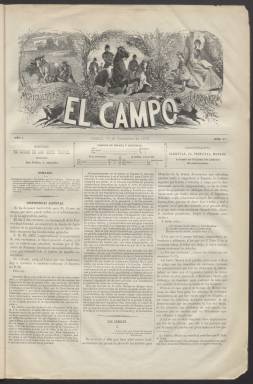
Título: El Campo (Madrid. 1876)
Colección: Agricultura y ganadería || Caza y pesca
Ámbito geográfico: Madrid
Lugar de publicación: Madrid
Fechas: 01/12/1876-16/12/1891

Publicación quincenal que nació en diciembre de 1876 con el subtítulo de agricultura, jardinería y sport y es una de las primeras revistas españolas que dedicaba amplio espacio al ocio deportivo tras la Gaceta del Sport, de 1873. En su cabecera vemos un grabado con dibujos alusivos a las materias que trataba: un labrador arando, una niña regando plantas y, en medio, una partida de caza a caballo.

  Un artículo publicado en mayo de 1878 en el diario La Época, cuando El Campo ya tenía año y medio de vida, muestra el impacto de la revista: ‘Nada se echa de menos en sus columnas; ni estudios profundos y eruditos sobre faenas agrícolas, botánica e historia natural; ni novelas firmadas por D. Juan Valera y otros literatos eminentes (…) El Campo es además el periódico oficial del sport español, pues da cuenta de las carreras que se celebran en las provincias; de los resultados de tiro de pichón…’.

   Las carreras de caballos y los reportajes de cría caballar eran especialmente mimados por la revista, incluso con grabados. La de Caballos era una sección fija, al igual que otras como Noticias de Sociedad y Floricultura. Salían también de vez en cuando otras dedicadas a la Caza, Pesca y a la Fisiología del corral. En general, el contenido que ofrecían sus números estaba destinado a informar a las élites de los nuevos ocios que podían practicar. No solo a los hombres, pues son abundantes las informaciones y grabados destinados a las mujeres.

  Además del citado Juan Valera, otro novelista como Benito Pérez Galdós escribió el artículo de portada del primer número describiendo lo que era el sport, una palabra inglesa que no tenía todavía traducción al español. Se trataba de ‘un conjunto de nobles ejercicios y de ocupaciones entretenidas fuera de las ciudades’.

  El director de El Campo era el conde de las Cinco Torres y el propietario José Luis Albareda, periodista fundador de la Revista de España que llegó a ser ministro en dos ocasiones en la década de 1880. Fue también propietario al principio, pues luego se retiró, Abelardo de Carlos, dueño de La Ilustración española y americana.

  Al cumplirse doce años de la publicación, en 1886, hubo un cambio gráfico en la publicación, con más grabados en sus páginas, incluida la portada, en la que aparte de otros dibujos podía verse el retrato de personajes como el duque de Fernán Núñez, presidente de la Sociedad de Fomento de la Cría Caballar de España.

   Aunque en ocasiones tenía algunas más, la publicación solía salir con doce páginas. En los últimos años abundaba también la publicidad. El Campo cesó a finales de 1892, aunque la colección de la BNE solo llega a diciembre de 1891.

    Más información sobre esta publicación pionera en la información deportiva en España está disponible en internet en el artículo que le dedicó Ainhoa Gilarranz Ibáñez, de la Universidad Autónoma de Madrid, publicado en la Revista Internacional de Historia de la Comunicación.

[Descripción publicada el 20/09/2024]